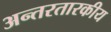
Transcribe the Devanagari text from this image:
अन्तरतारकीय